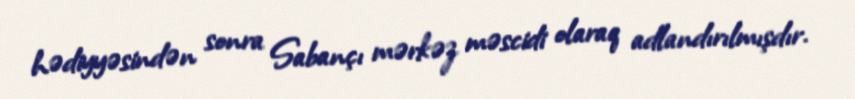
hədiyyəsindən sonra Sabançı mərkəz məscidi olaraq adlandırılmışdır.